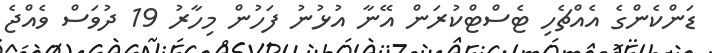
ޑަންކެންގެ އެއްޗެހި ޓެސްޓްކުރަން އޭނާ އުޅުނު ފަހުން މިހާރު 19 ދުވަސް ވެއްޖެ